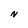
Character: N